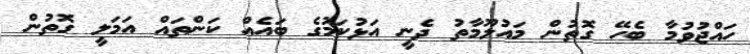
ހައްޖުވުމާ ބެހޭ ގޮތުން މައުލޫމާތު ދެނީ އަޅުކަމުގެ ބައެއް ކަންތައް އަމަލީ ގޮތުން